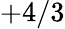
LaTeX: +4/3